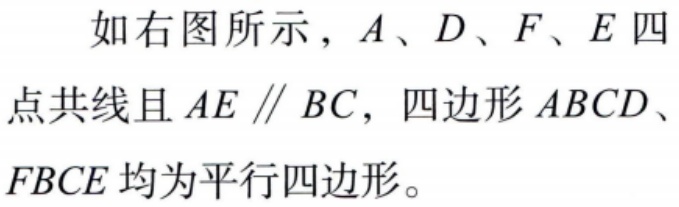
如右图所示，$A、D、F、E$四点共线且$AE \parallel BC$，四边形$ABCD$、$FBCE$均为平行四边形。